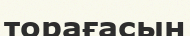
торағасын